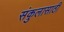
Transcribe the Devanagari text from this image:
संकुलासाठी